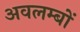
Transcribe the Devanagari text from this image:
अवलम्बों